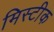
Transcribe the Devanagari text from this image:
मिस्टीक